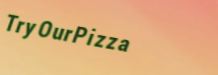
TryOurPizza